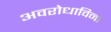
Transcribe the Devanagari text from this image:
अवरोधाविना